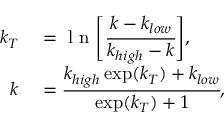
\begin{array} { r l } { k _ { T } } & { { } = \mathrm { ~ l ~ n ~ } \Bigg [ \cfrac { k - k _ { l o w } } { k _ { h i g h } - k } \Bigg ] , } \\ { k } & { { } = \cfrac { k _ { h i g h } \exp ( k _ { T } ) + k _ { l o w } } { \exp ( k _ { T } ) + 1 } , } \end{array}